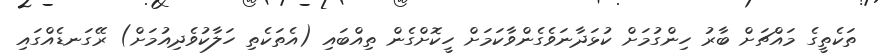
ތަކެތީގެ މައްޗަށް ބާރު ހިންގުމަށް ކުޅަދާނަވެގެންވާކަމަށް ހީކޮށްގެން ތިއްބައި (އެތަކެތި ހަލާކުވެދިއުމަށް) ރޭގަނޑެއްގައި